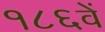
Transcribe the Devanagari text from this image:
१८६वें